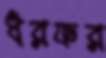
ধরফর